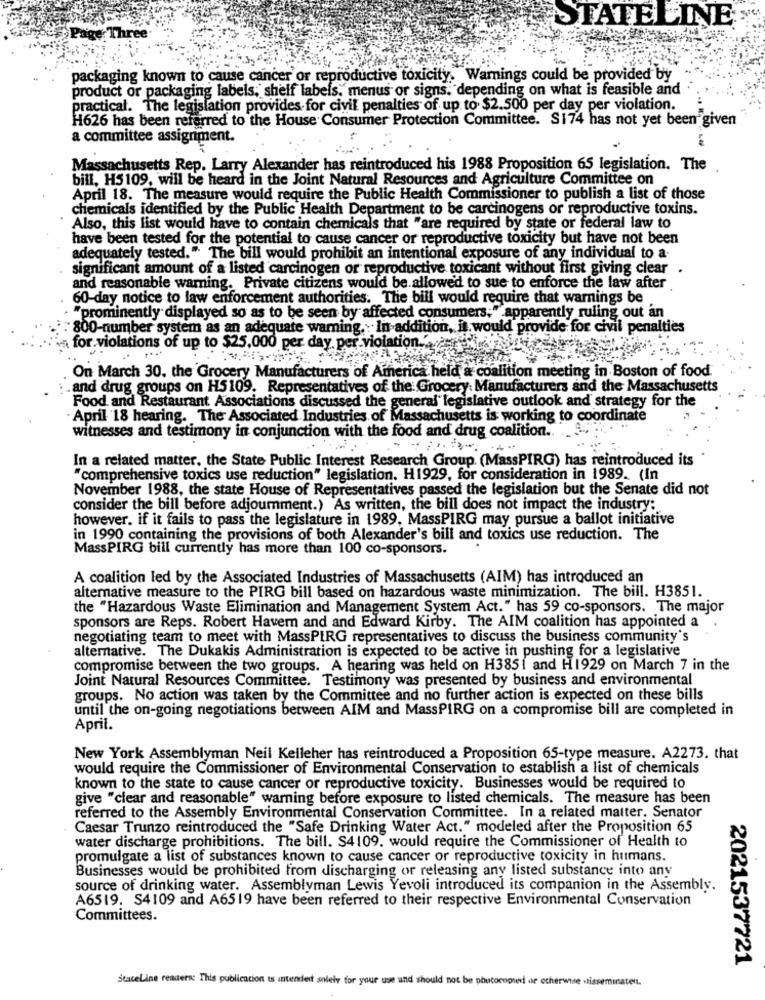
STATELINE
packaging known to cause cancer or reproductive toxicity. Warnings could be provided by
product or packaging labels, shelf labels," menus or signs. depending on what is feasible and
practical. The legislation provides- for civil penalties of up to $2.500 per day per violation.
H626 has been referred to the House Consumer Protection Committee. S174 has not yet been given
a committee assignment.
Massachusetts Rep. Larry Alexander has reintroduced his 1988 Proposition 65 legislation. The
bill, H5109, will be heard in the Joint Natural Resources and Agriculture Committee on
April 18. The measure would require the Public Health Commissioner to publish a list of those
chemicals identified by the Public Health Department to be carcinogens or reproductive toxins.
Also, this list would have to contain chemicals that "are required by state or federal law to
have been tested for the potential to cause cancer or reproductive toxicity but have not been
adequately tested." The bill would prohibit an intentional exposure of any individual to a-
significant amount of a listed carcinogen or reproductive toxicant without first giving clear
and reasonable warning. Private citizens would be allowed to sue to enforce the law after
60-day notice to law enforcement authorities. The bill would require that warnings be
"prominently displayed so as to be seen by affected consumers;" apparently ruling out an
800-number system as an adequate warning. In addition, it would provide for civil penalties
violatio
for violations of up to $25,000 per day. p
On March 30, the Grocery Manufacturers of America held a coalition meeting in Boston of food
.and drug groups on H5109. Representatives of the Grocery Manufacturers and the Massachusetts
Food and Restaurant Associations discussed the general" legislative outlook and strategy for the
April 18 hearing. The Associated Industries of Massachusetts is working to coordinate
witnesses and testimony in conjunction with the food and drug coalition.
In a related matter, the State Public Interest Research Group. (MassPIRG) has reintroduced its
"comprehensive toxics use reduction" legislation. H1929, for consideration in 1989. (In
November 1988, the state House of Representatives passed the legislation but the Senate did not
consider the bill before adjournment.) As written, the bill does not impact the industry:
however. if it fails to pass the legislature in 1989. MassPIRG may pursue a ballot initiative
in 1990 containing the provisions of both Alexander's bill and toxics use reduction. The
MassPIRG bill currently has more than 100 co-sponsors.
A coalition led by the Associated Industries of Massachusetts (AIM) has introduced an
alternative measure to the PIRG bill based on hazardous waste minimization. The bill. H3851.
the "Hazardous Waste Elimination and Management System Act." has 59 co-sponsors. The major
sponsors are Reps. Robert Haver and and Edward Kirby. The AIM coalition has appointed a
negotiating team to meet with MassPIRG representatives to discuss the business community's
alternative. The Dukakis Administration is expected to be active in pushing for a legislative
compromise between the two groups. A hearing was held on H3851 and H1929 on March 7 in the
Joint Natural Resources Committee. Testimony was presented by business and environmental
groups. No action was taken by the Committee and no further action is expected on these bills
until the on-going negotiations between AIM and MassPIRG on a compromise bill are completed in
April.
New York Assemblyman Neil Kelleher has reintroduced a Proposition 65-type measure. A2273. that
would require the Commissioner of Environmental Conservation to establish a list of chemicals
known to the state to cause cancer or reproductive toxicity. Businesses would be required to
give "clear and reasonable" warning before exposure to listed chemicals. The measure has been
referred to the Assembly Environmental Conservation Committee. In a related matter. Senator
Caesar Trunzo reintroduced the "Safe Drinking Water Act." modeled after the Proposition 65
water discharge prohibitions. The bill. S4109. would require the Commissioner of Health to
promulgate a list of substances known to cause cancer or reproductive toxicity in humans.
Businesses would be prohibited from discharging or releasing any listed substance into any
source of drinking water. Assemblyman Lewis Yevoli introduced its companion in the Assembly.
A6519. S4109 and A6519 have been referred to their respective Environmental Conservation
Committees.
2021537721
StaceLine readers: This publication is intended solely for your use and should not be photocopied or otherwise disseminaten.